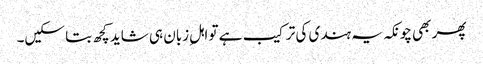
پھر بھی چونکہ یہ ہندی کی ترکیب ہے تو اہلِ زبان ہی شاید کچھ بتا سکیں۔